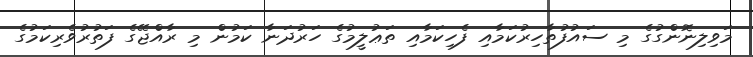
މަވިލިނޮންގުގެ މި ސައުފުތާހިރުކަމާއި ފެހިކަމާއި ތަޢުލީމުގެ ހަރުދަނާ ކަމުން މި ރާއްޖޭގެ ފަތުރުވެރިކަމުގެ